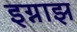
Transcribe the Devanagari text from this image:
इग्नाझ